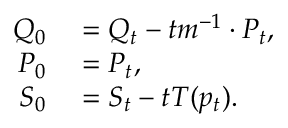
\begin{array} { r l } { Q _ { 0 } } & { { } = Q _ { t } - t m ^ { - 1 } \cdot P _ { t } , } \\ { P _ { 0 } } & { { } = P _ { t } , } \\ { S _ { 0 } } & { { } = S _ { t } - t T ( p _ { t } ) . } \end{array}